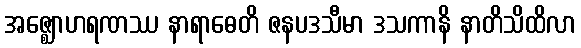
အဇ္ဈောဟရဏဿ နာရာဓေတိ ဇနပဒသီမာ ဒသကာနိ နာတိသိထိလာ